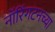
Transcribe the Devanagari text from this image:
नॉरिंगटनच्या